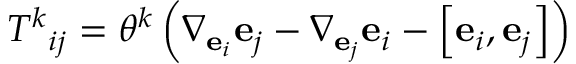
{ T ^ { k } } _ { i j } = \theta ^ { k } \left( \nabla _ { \mathbf { e } _ { i } } \mathbf { e } _ { j } - \nabla _ { \mathbf { e } _ { j } } \mathbf { e } _ { i } - \left[ \mathbf { e } _ { i } , \mathbf { e } _ { j } \right] \right)